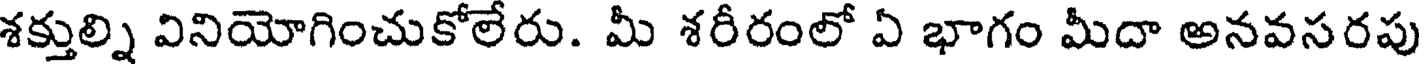
శక్తుల్ని వినియోగించుకోలేరు. మీ శరీరంలో ఏ భాగం మీదా అనవసరపు